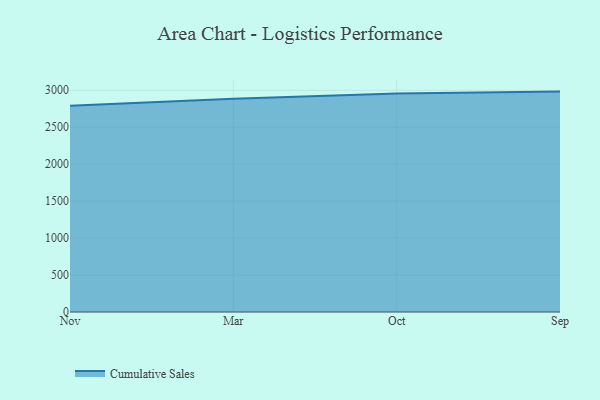
{"axis": {"x": "Month", "y": "Latency (ms)"}, "legend": ["Cumulative Sales"], "data": [{"x": "Nov", "y": 2791.5, "type": "Cumulative Sales"}, {"x": "Mar", "y": 2885.1, "type": "Cumulative Sales"}, {"x": "Oct", "y": 2956.1, "type": "Cumulative Sales"}, {"x": "Sep", "y": 2982.3, "type": "Cumulative Sales"}]}